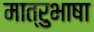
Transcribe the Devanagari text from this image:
मात्रुभाषा